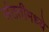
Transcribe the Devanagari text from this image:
संततीमध्ये